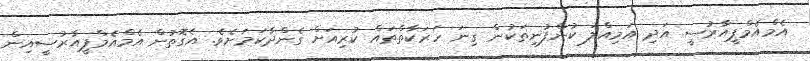
އެމްއެމްޕީއާރުސީ އަދި އަމިއްލަ ކުންފުނިތަކުން ގިނަ ހަރަކާތްތައް ކުރިއަށް ގެންދާކަމަށެވެ. އެގޮތުން އެމްއެމްޕީއާރުސީއިން